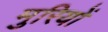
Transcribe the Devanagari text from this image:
मुरियों